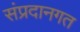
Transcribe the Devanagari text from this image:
संप्रदानगत